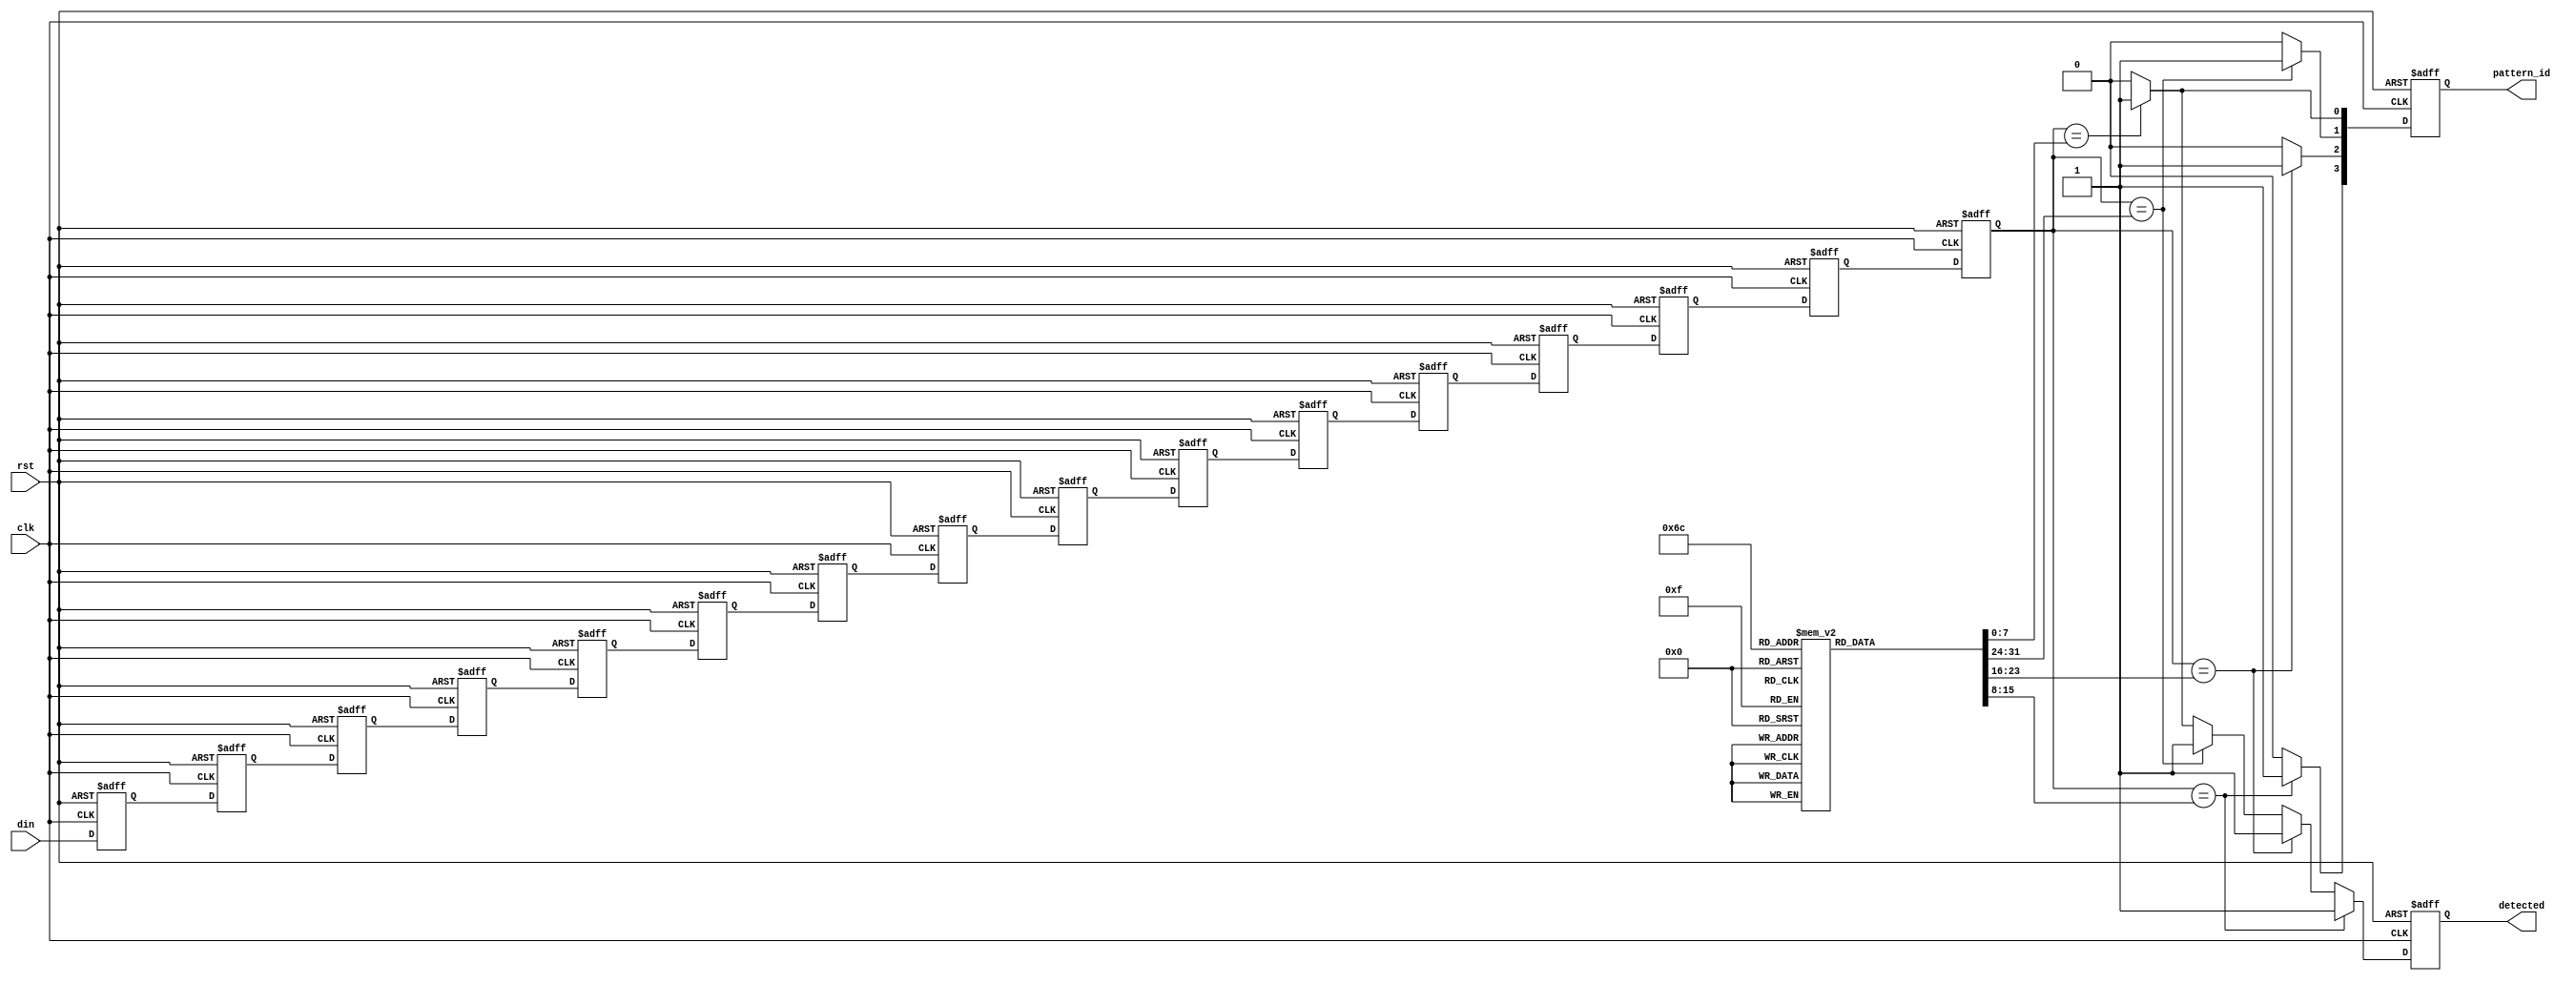
module SamplingDelayLineDetector #(
    parameter DATA_WIDTH = 8,          // Width of input data
    parameter DELAY_DEPTH = 16,        // Depth of the delay line
    parameter PATTERN_WIDTH = 8,       // Width of reference pattern
    parameter NUM_PATTERNS = 4         // Number of reference patterns
) (
    input wire clk,                    // Sampling clock
    input wire rst,                    // Reset signal
    input wire [DATA_WIDTH-1:0] din,   // Input data signal
    output reg detected,                // Detection output signal
    output reg [NUM_PATTERNS-1:0] pattern_id // Identifies which pattern is detected
);

    // Delay line storage
    reg [DATA_WIDTH-1:0] delay_line [0:DELAY_DEPTH-1];
    integer i;

    // Reference pattern storage
    reg [PATTERN_WIDTH-1:0] reference_patterns [0:NUM_PATTERNS-1];

    // Initialize reference patterns (can be modified as needed)
    initial begin
        reference_patterns[0] = 8'b10101010; // Pattern 1
        reference_patterns[1] = 8'b11110000; // Pattern 2
        reference_patterns[2] = 8'b00001111; // Pattern 3
        reference_patterns[3] = 8'b11001100; // Pattern 4
    end

    // Shift register for delay line
    always @(posedge clk or posedge rst) begin
        if (rst) begin
            // Reset delay line
            for (i = 0; i < DELAY_DEPTH; i = i + 1) begin
                delay_line[i] <= 0;
            end
            detected <= 0;
            pattern_id <= 0;
        end else begin
            // Shift delay line
            for (i = DELAY_DEPTH-1; i > 0; i = i - 1) begin
                delay_line[i] <= delay_line[i-1];
            end
            delay_line[0] <= din; // Capture new sample

            // Detection logic
            detected <= 0;
            pattern_id <= 0;
            for (i = 0; i < NUM_PATTERNS; i = i + 1) begin
                if (delay_line[DELAY_DEPTH-1] == reference_patterns[i]) begin
                    detected <= 1; // Match found
                    pattern_id[i] <= 1; // Set the corresponding pattern ID
                end else begin
                    pattern_id[i] <= 0; // Clear the pattern ID if no match
                end
            end
        end
    end

endmodule